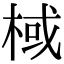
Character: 棫